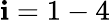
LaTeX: \mathbf{i}=1-4